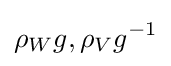
\rho _{W}{g},\rho _{V}{g^{-1}}